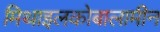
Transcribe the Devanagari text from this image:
मिथाइलकोबालामीन